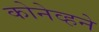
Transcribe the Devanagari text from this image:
कोनेव्हने